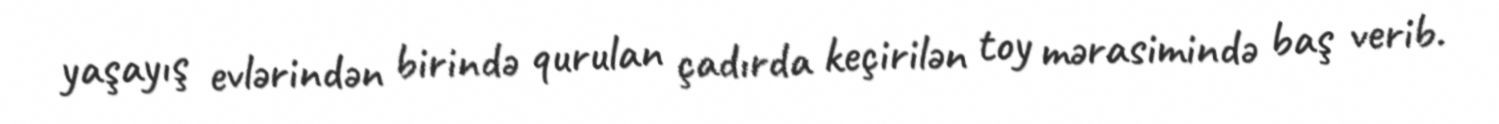
yaşayış evlərindən birində qurulan çadırda keçirilən toy mərasimində baş verib.